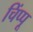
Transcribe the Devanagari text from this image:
चिंप्पू